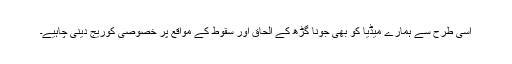
اسی طرح سے ہمارے میڈیا کو بھی جونا گڑھ کے الحاق اور سقوط کے مواقع پر خصوصی کوریج دینی چاہیے۔